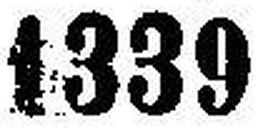
1339